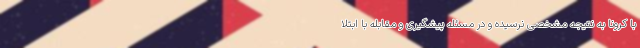
با کرونا به نتیجه مشخصی نرسیده و در مسئله پیشگیری و مقابله با ابتلا